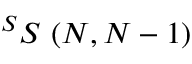
^ S S \ ( N , N - 1 )